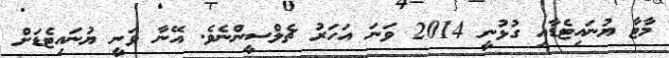
މާޓާ ޔުނައިޓެޑާއި ގުޅުނީ 2014 ވަނަ އަހަރު ޗެލްސީންނެވެ. އޭނާ ވަނީ ޔުނައިޓެޑަށް